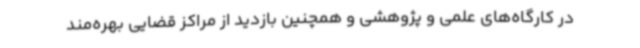
در کارگاه‌های علمی و پژوهشی و همچنین بازدید از مراکز قضایی بهره‌مند